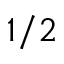
1 / 2